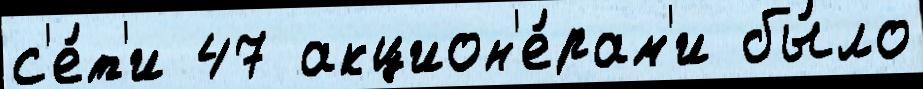
с'е́т'и 47 акцион'е́рам'и бы́ло